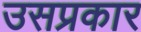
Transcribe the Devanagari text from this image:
उसप्रकार